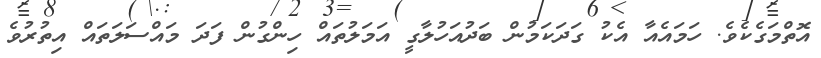
އޮތްމަގެކެވެ. ހަމައެއާ އެކު ގަދަކަމުން ބަދުއަހުލާގީ އަމަލުތައް ހިންގުން ފަދަ މައްސަލަތައް އިތުރުވެ